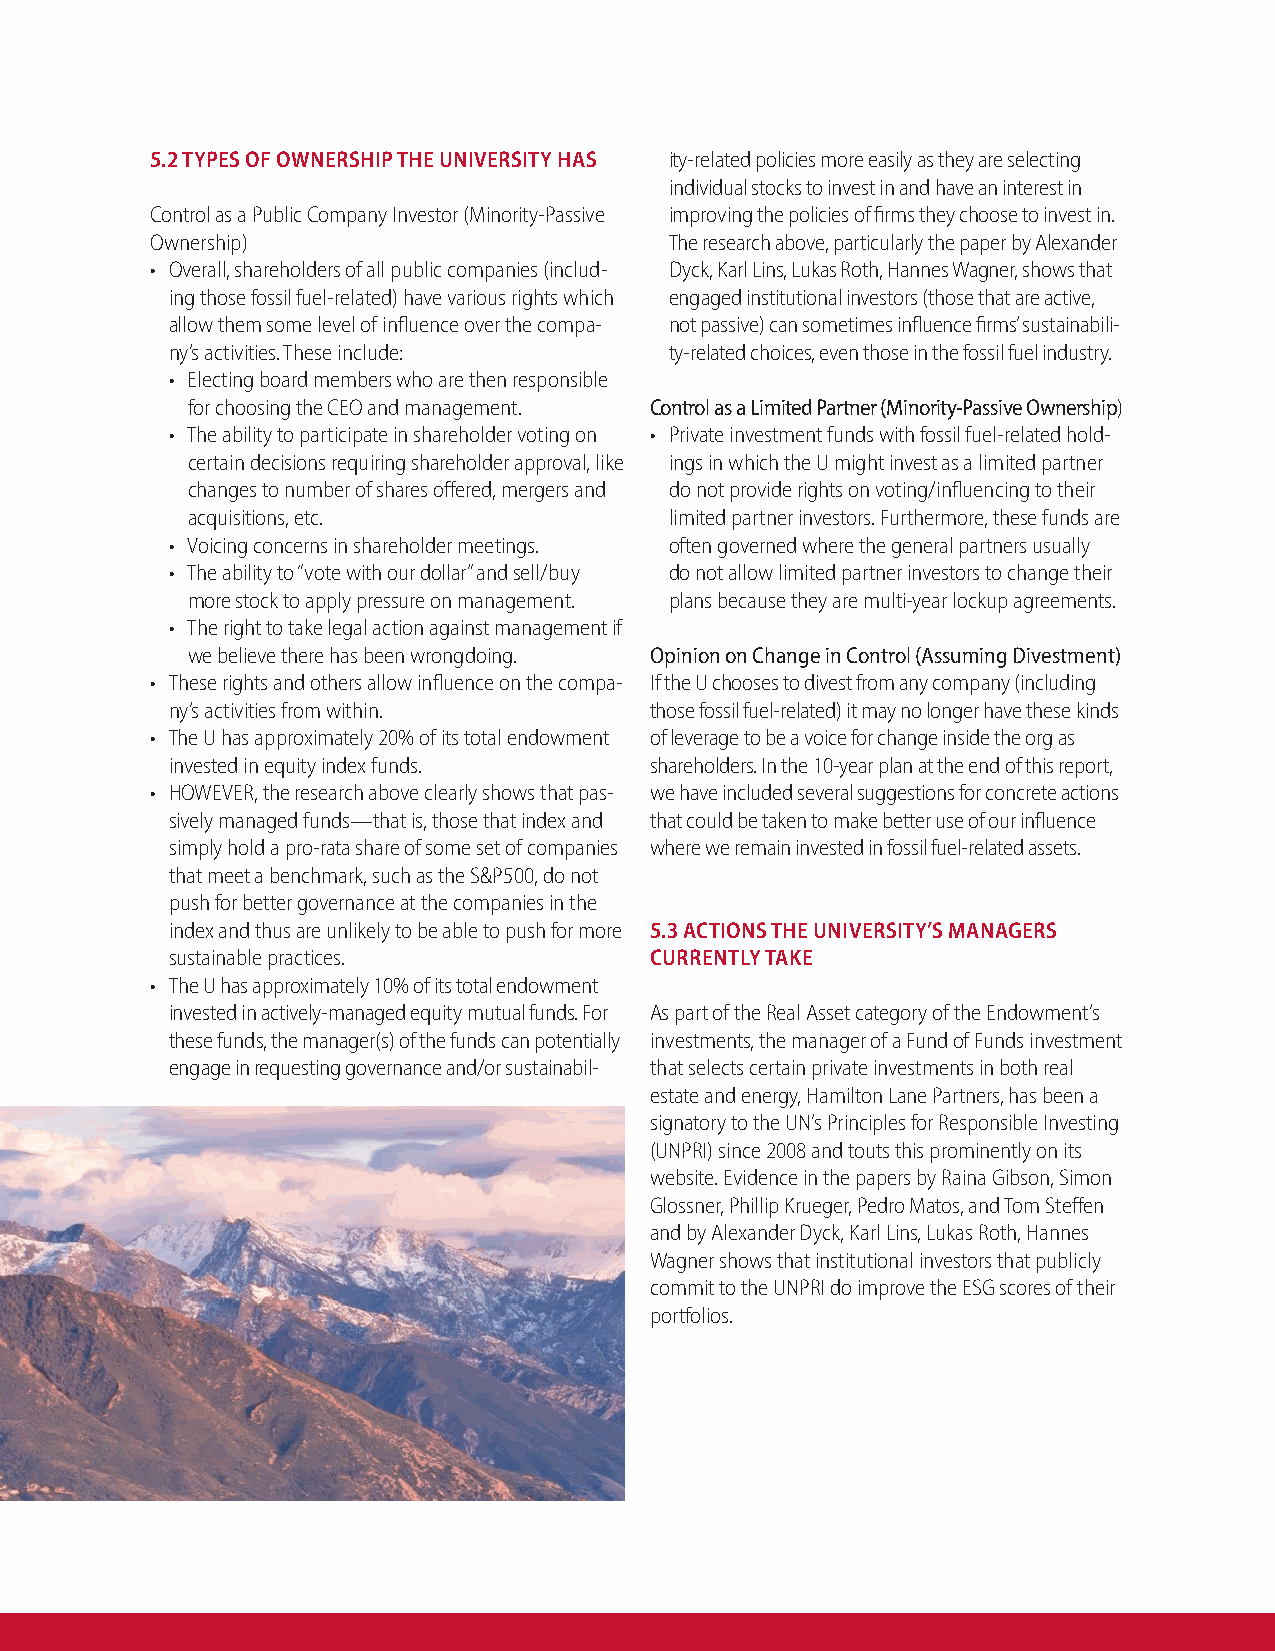
5.2 TYPES OF OWNERSHIP THE UNIVERSITY HAS ity-related policies more easily as they are selecting
 individual stocks to invest in and have an interest in
 Control as a Public Company Investor (Minority-Passive improving the policies of firms they choose to invest in.
 Ownership)                        The research above, particularly the paper by Alexander
 • Overall, shareholders of all public companies (includ- Dyck, Karl Lins, Lukas Roth, Hannes Wagner, shows that
 ing those fossil fuel-related) have various rights which engaged institutional investors (those that are active,
 allow them some level of influence over the compa- not passive) can sometimes influence firms’ sustainabili-
 ny’s activities. These include:  ty-related choices, even those in the fossil fuel industry.
 • Electing board members who are then responsible
 for choosing the CEO and management. Control as a Limited Partner (Minority-Passive Ownership)
 • The ability to participate in shareholder voting on • Private investment funds with fossil fuel-related hold-
 certain decisions requiring shareholder approval, like ings in which the U might invest as a limited partner
 changes to number of shares offered, mergers and do not provide rights on voting/influencing to their
 acquisitions, etc.              limited partner investors. Furthermore, these funds are
 • Voicing concerns in shareholder meetings. often governed where the general partners usually
 • The ability to “vote with our dollar” and sell/buy do not allow limited partner investors to change their
 more stock to apply pressure on management. plans because they are multi-year lockup agreements.
 • The right to take legal action against management if
 we believe there has been wrongdoing. Opinion on Change in Control (Assuming Divestment)
 • These rights and others allow influence on the compa- If the U chooses to divest from any company (including
 ny’s activities from within.    those fossil fuel-related) it may no longer have these kinds
 • The U has approximately 20% of its total endowment of leverage to be a voice for change inside the org as
 invested in equity index funds. shareholders. In the 10-year plan at the end of this report,
 • HOWEVER, the research above clearly shows that pas- we have included several suggestions for concrete actions
 sively managed funds—that is, those that index and that could be taken to make better use of our influence
 simply hold a pro-rata share of some set of companies where we remain invested in fossil fuel-related assets.
 that meet a benchmark, such as the S&P500, do not
 push for better governance at the companies in the
 index and thus are unlikely to be able to push for more 5.3 ACTIONS THE UNIVERSITY’S MANAGERS
 sustainable practices.          CURRENTLY TAKE
 • The U has approximately 10% of its total endowment
 invested in actively-managed equity mutual funds. For As part of the Real Asset category of the Endowment’s
 these funds, the manager(s) of the funds can potentially investments, the manager of a Fund of Funds investment
 engage in requesting governance and/or sustainabil- that selects certain private investments in both real
 estate and energy, Hamilton Lane Partners, has been a
 signatory to the UN’s Principles for Responsible Investing
 (UNPRI) since 2008 and touts this prominently on its
 website. Evidence in the papers by Raina Gibson, Simon
 Glossner, Phillip Krueger, Pedro Matos, and Tom Steffen
 and by Alexander Dyck, Karl Lins, Lukas Roth, Hannes
 Wagner shows that institutional investors that publicly
 commit to the UNPRI do improve the ESG scores of their
 portfolios.